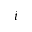
^ i